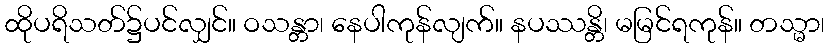
ထိုပရိသတ်၌ပင်လျှင်။ ဝသန္တာ၊ နေပါကုန်လျက်။ နပဿန္တိ၊ မမြင်ရကုန်။ တသ္မာ၊